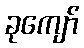
ခုကျော်